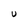
Character: U